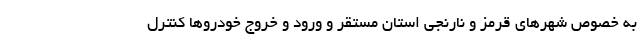
به خصوص شهرهای قرمز و نارنجی استان مستقر و ورود و خروج خودروها کنترل